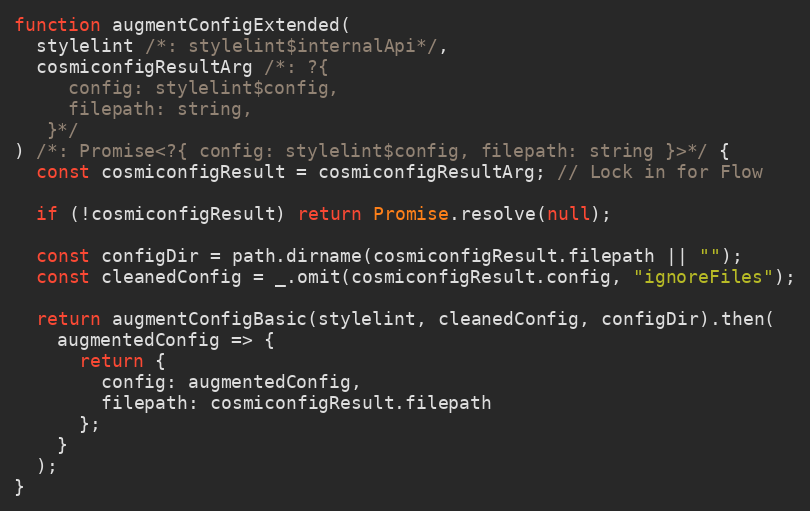
Language: JavaScript
function augmentConfigExtended(
  stylelint /*: stylelint$internalApi*/,
  cosmiconfigResultArg /*: ?{
     config: stylelint$config,
     filepath: string,
   }*/
) /*: Promise<?{ config: stylelint$config, filepath: string }>*/ {
  const cosmiconfigResult = cosmiconfigResultArg; // Lock in for Flow

  if (!cosmiconfigResult) return Promise.resolve(null);

  const configDir = path.dirname(cosmiconfigResult.filepath || "");
  const cleanedConfig = _.omit(cosmiconfigResult.config, "ignoreFiles");

  return augmentConfigBasic(stylelint, cleanedConfig, configDir).then(
    augmentedConfig => {
      return {
        config: augmentedConfig,
        filepath: cosmiconfigResult.filepath
      };
    }
  );
}